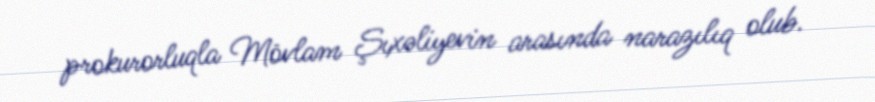
prokurorluqla Mövlam Şıxəliyevin arasında narazılıq olub.